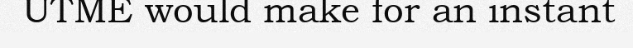
UTME would make for an instant